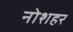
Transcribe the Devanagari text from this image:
नोशहर